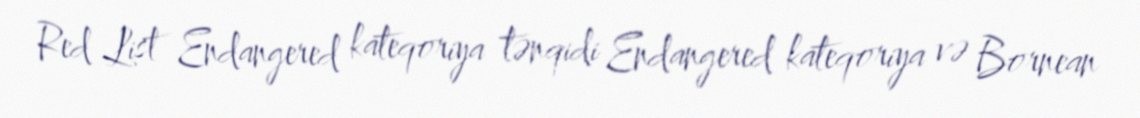
Red List Endangered kateqoriya tənqidi Endangered kateqoriya və Bornean